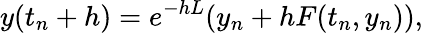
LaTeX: y(t_{n}+h)=e^{-hL}(y_{n}+hF(t_{n},y_{n})),